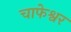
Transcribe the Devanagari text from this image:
चाफेश्वर